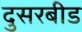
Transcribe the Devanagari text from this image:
दुसरबीड